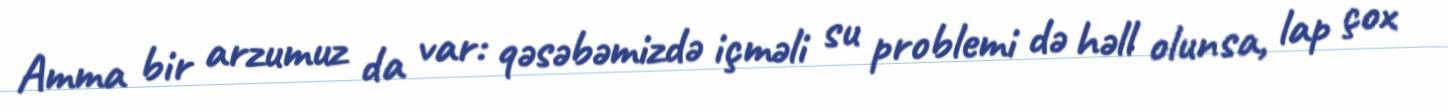
Amma bir arzumuz da var: qəsəbəmizdə içməli su problemi də həll olunsa, lap çox